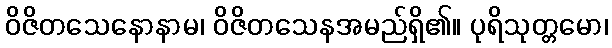
ဝိဇိတသေနောနာမ၊ ဝိဇိတသေနအမည်ရှိ၏။ ပုရိသုတ္တမော၊